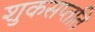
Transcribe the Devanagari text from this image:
शुकसप्तति